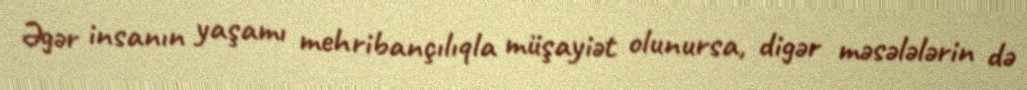
Əgər insanın yaşamı mehribançılıqla müşayiət olunursa, digər məsələlərin də